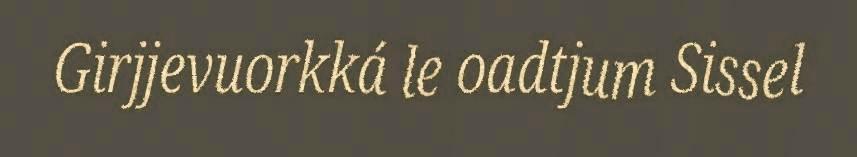
Girjjevuorkká le oadtjum Sissel